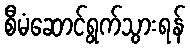
စီမံဆောင်ရွက်သွားရန်